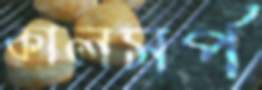
কালসর্প